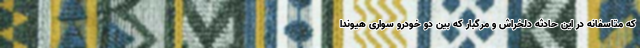
که متاسفانه در این حادثه دلخراش و مرگبار که بین دو خودرو سواری هیوندا